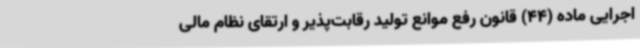
اجرایی ماده (44) قانون رفع موانع تولید رقابت‌پذیر و ارتقای نظام مالی